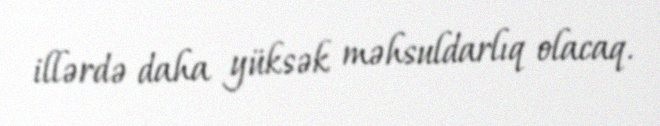
illərdə daha yüksək məhsuldarlıq olacaq.